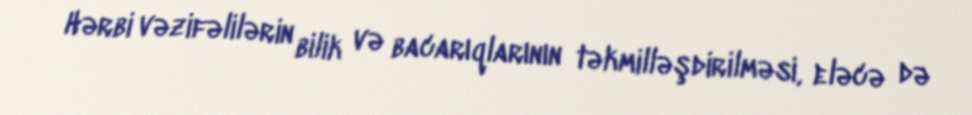
Hərbi vəzifəlilərin bilik və bacarıqlarının təkmilləşdirilməsi, eləcə də